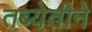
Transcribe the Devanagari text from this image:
तब्येतीने